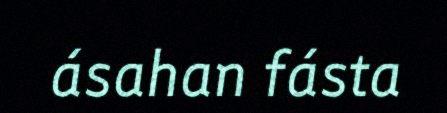
ásahan fásta